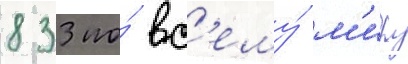
833 по́ вс'ему́ м'иру